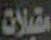
مقبلات